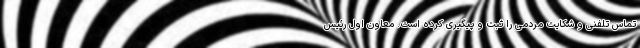
تماس تلفنی و شکایت مردمی را ثبت و پیگیری کرده است. معاون اول رئیس